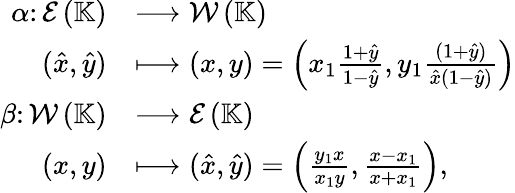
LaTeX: \begin{array}{rl}{\alpha\colon\mathcal{E}\left(\mathbb{K}\right)}&{\longrightarrow\mathcal{W}\left(\mathbb{K}\right)}\\ {(\hat{x},\hat{y})}&{\longmapsto(x,y)=\left(x_{1}\frac{1+\hat{y}}{1-\hat{y}},y_{1}\frac{(1+\hat{y})}{\hat{x}(1-\hat{y})}\right)}\\ {\beta\colon\mathcal{W}\left(\mathbb{K}\right)}&{\longrightarrow\mathcal{E}\left(\mathbb{K}\right)}\\ {(x,y)}&{\longmapsto(\hat{x},\hat{y})=\left(\frac{y_{1}x}{x_{1}y},\frac{x-x_{1}}{x+x_{1}}\right),}\end{array}